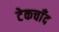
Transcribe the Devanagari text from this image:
टेकचाँद